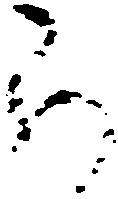
ら